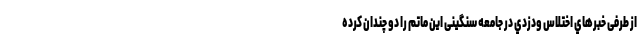
از طرفی خبرهاي اختلاس ودزدي در جامعه سنگینی این ماتم را دو چندان کرده